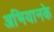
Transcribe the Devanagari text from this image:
अभियानके